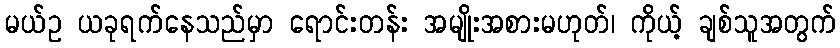
မယ်ဥ ယခုရက်နေသည်မှာ ရောင်းတန်း အမျိုးအစားမဟုတ်၊ ကိုယ့် ချစ်သူအတွက်